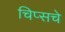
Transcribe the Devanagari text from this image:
चिप्सचे